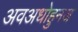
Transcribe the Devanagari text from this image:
अवअधोहुनज